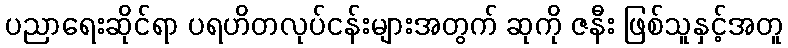
ပညာရေးဆိုင်ရာ ပရဟိတလုပ်ငန်းများအတွက် ဆုကို ဇနီး ဖြစ်သူနှင့်အတူ